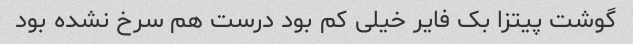
گوشت پیتزا بک فایر خیلی کم بود درست هم سرخ نشده بود